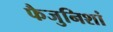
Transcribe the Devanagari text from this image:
फैजुनिशां